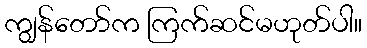
ကျွန်တော်က ကြက်ဆင်မဟုတ်ပါ။